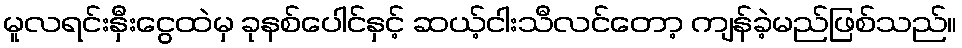
မူလရင်းနှီးငွေထဲမှ ခုနစ်ပေါင်နှင့် ဆယ့်ငါးသီလင်တော့ ကျန်ခဲ့မည်ဖြစ်သည်။